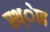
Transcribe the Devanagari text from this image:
स्थ्ेाह